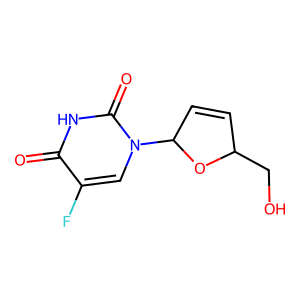
SMILES: O=c1[nH]c(=O)n(C2C=CC(CO)O2)cc1F
Inhibits HIV replication: No